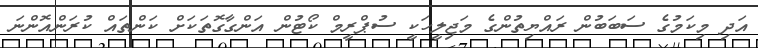
އަދި މިކަމުގެ ސަބަބުން ރައްޔިތުންގެ މަޖިލީހަކީ ސުޕްރީމް ކޯޓުން އަންގާގޮތަކަށް ކަންތައް ކުރަންއޮންނަ